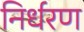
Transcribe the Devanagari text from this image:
निर्धरण